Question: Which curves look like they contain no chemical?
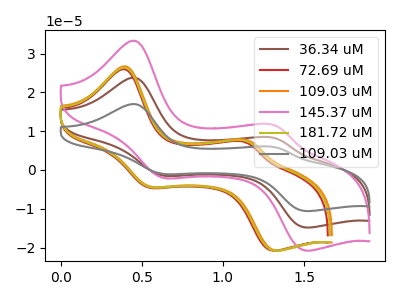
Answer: <think>The brown curve "36.34 uM" has anodic peaks at (0.45V, 23.70uA) (1.30V, 8.20uA) and cathodic peaks at (0.65V, -1.50uA) (1.50V, -14.85uA). The red curve "72.69 uM" has anodic peaks at (0.40V, 25.90uA) (1.15V, 7.15uA) and cathodic peaks at (0.55V, -4.60uA) (1.30V, -20.80uA). The orange curve "109.03 uM" has anodic peaks at (0.40V, 26.65uA) (1.15V, 7.55uA) and cathodic peaks at (0.55V, -4.35uA) (1.35V, -20.80uA). The pink curve "145.37 uM" has anodic peaks at (0.45V, 33.25uA) (1.30V, 11.50uA) and cathodic peaks at (0.65V, -2.05uA) (1.50V, -20.75uA). The olive curve "181.72 uM" has anodic peaks at (0.40V, 26.30uA) (1.15V, 7.35uA) and cathodic peaks at (0.55V, -4.50uA) (1.30V, -20.80uA). The gray curve "109.03 uM" has anodic peaks at (0.45V, 47.45uA) (1.30V, 16.45uA) and cathodic peaks at (0.65V, -2.95uA) (1.50V, -29.65uA).</think>
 <answer>There are not any CV's on this graph that are likely to be blanks.</answer>
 <eval>none</eval>